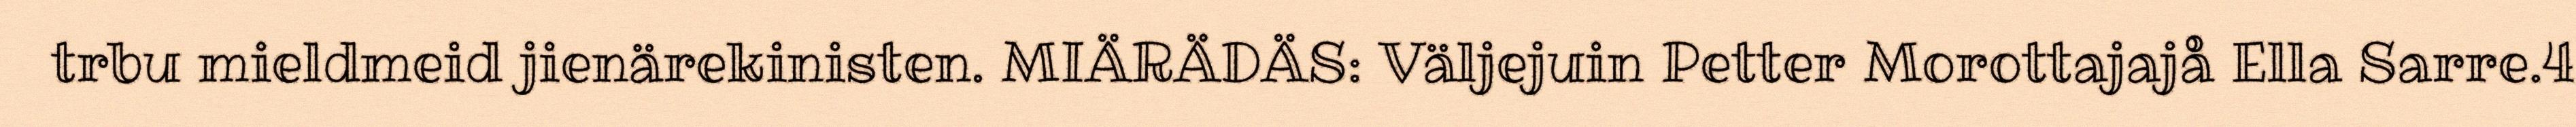
trbu mieldmeid jienärekinisten. MIÄRÄDÄS: Väljejuin Petter Morottajajå Ella Sarre.4